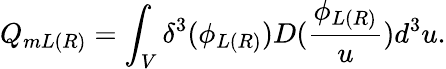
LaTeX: Q_{mL(R)}=\int_{V}\delta^{3}(\phi_{L(R)})D(\frac{\phi_{L(R)}}u)d^{3}u.